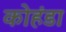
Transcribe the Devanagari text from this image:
कोहंडा